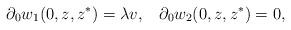
LaTeX: \begin{align*}\partial_{0} w_{1}(0,z,z^{*}) = \lambda v, \;\;\;\partial_{0} w_{2}(0,z,z^{*}) = 0,\end{align*}